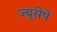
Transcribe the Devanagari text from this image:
ज्युसेपे